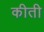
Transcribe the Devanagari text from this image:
कीती